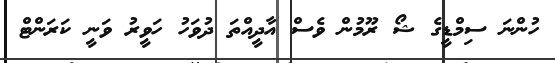
ހުންނަ ސިމްޑީގެ ޝޯ ރޫމުން ވެސް އާދީއްތަ ދުވަހު ހަވީރު ވަނީ ކަރަންޓް